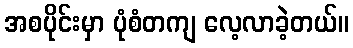
အစပိုင်းမှာ ပုံစံတကျ လေ့လာခဲ့တယ်။